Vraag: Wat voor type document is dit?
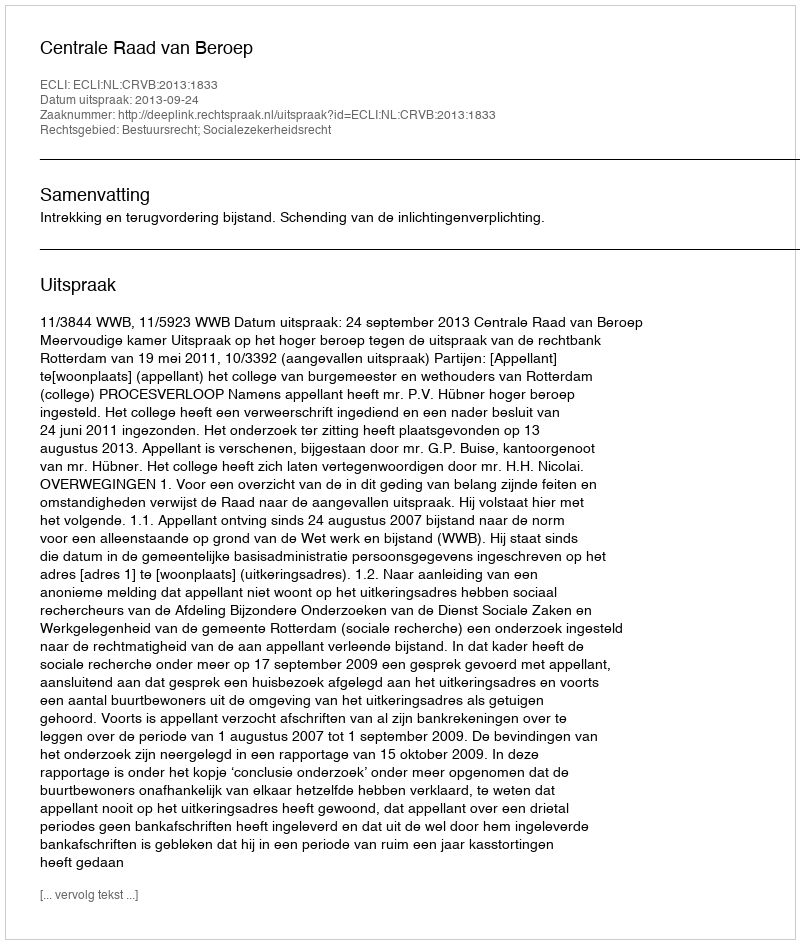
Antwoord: Uitspraak